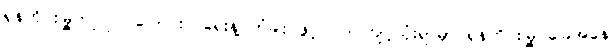
ရှန်ဟိုင်းမြို့ကပြုပြင်ပြောင်းလဲရေးနဲ့ တံခါး ဖွင့် ဝါဒ ကျင့်သုံးရာမှာ ရှန်ဟိုင်းမြို့ ခြေအနေ